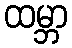
ထမ္ဘာ